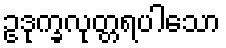
ဥဒုက္ခလုတ္တရပါသော